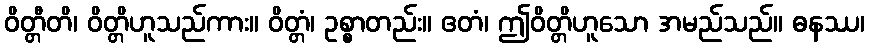
ဝိတ္တီတိ၊ ဝိတ္တိဟူသည်ကား။ ဝိတ္တံ၊ ဥစ္စာတည်း။ ဧတံ၊ ဤဝိတ္တိဟူသော အမည်သည်။ ဓနဿ၊